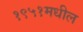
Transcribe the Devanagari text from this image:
१९५१मधील